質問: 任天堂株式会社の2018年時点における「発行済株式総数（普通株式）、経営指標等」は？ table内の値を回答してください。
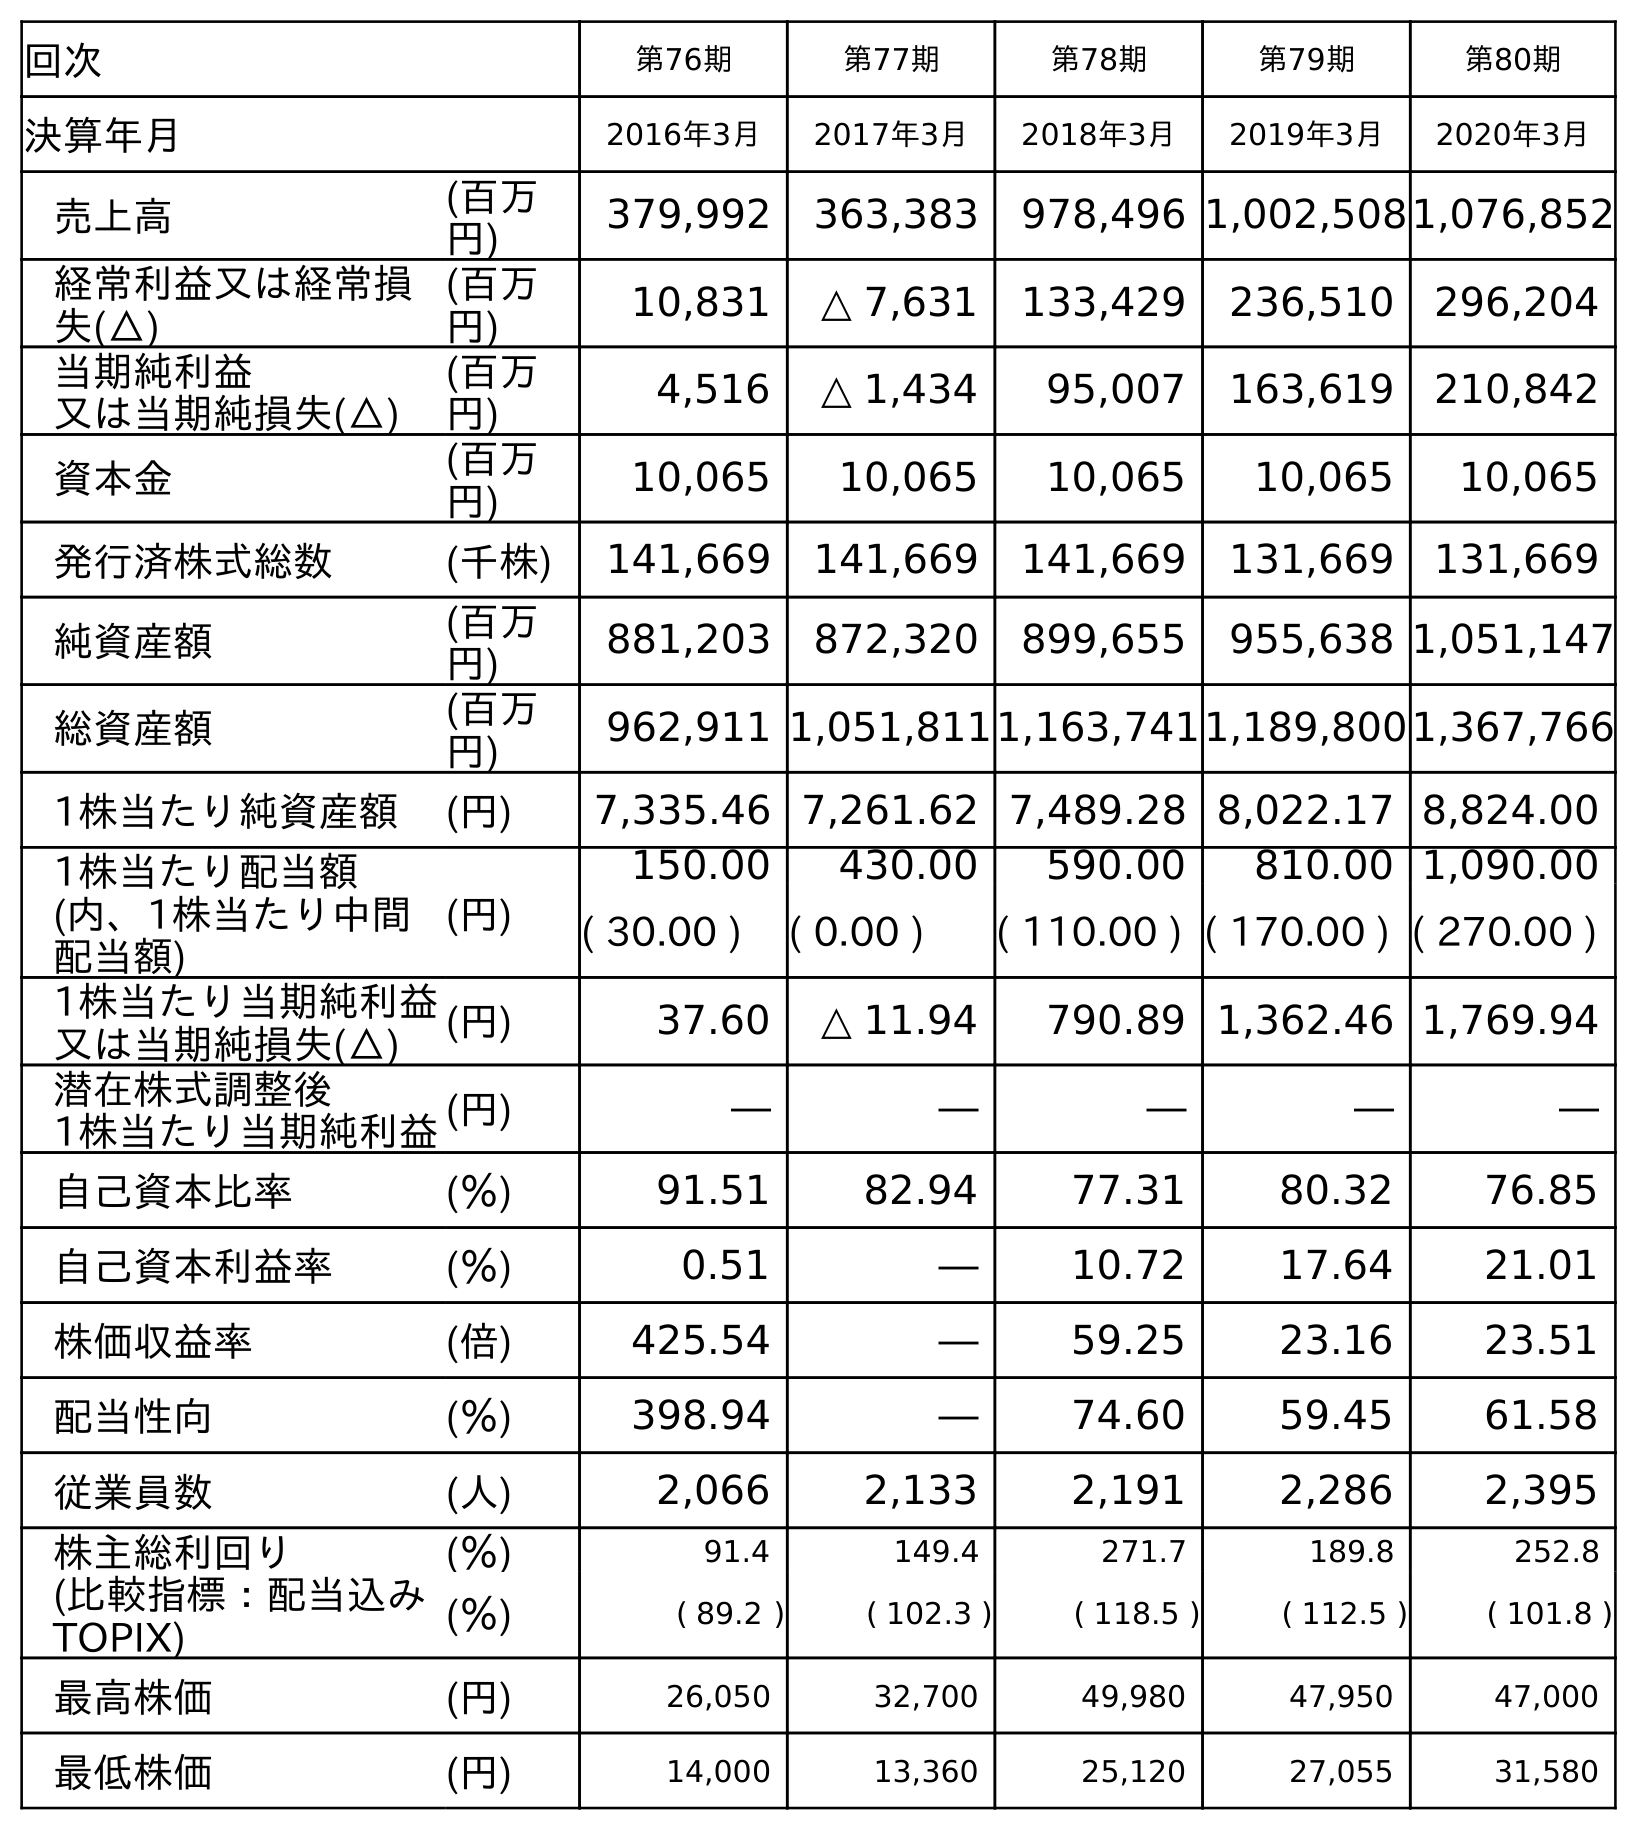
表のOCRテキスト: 回次 第76期 第77期 第78期 第79期 第80期 決算年月 2016年3月 2017年3月 2018年3月 2019年3月 2020年3月 売上高 (百万 円) 379,992 363,383 978,496 1,002,5081,076,852 経常利益又は経常損 失(△) (百万 円) 10,831 △ 7,631 133,429 236,510 296,204 当期純利益 又は当期純損失(△) (百万 円) 4,516 △ 1,434 95,007 163,619 210,842 資本金 (百万 円) 10,065 10,065 10,065 10,065 10,065 発行済株式総数 (千株) 141,669 141,669 141,669 131,669 131,669 純資産額 (百万 円) 881,203 872,320 899,655 955,638 1,051,147 総資産額 (百万 円) 962,911 1,051,8111,163,7411,189,8001,367,766 1株当たり純資産額 (円) 7,335.46 7,261.62 7,489.28 8,022.17 8,824.00 1株当たり配当額 (内、1株当たり中間 配当額) (円) 150.00 430.00 590.00 810.00 1,090.00 ( 30.00 ) ( 0.00 ) ( 110.00 ) ( 170.00 ) ( 270.00 ) 1株当たり当期純利益 又は当期純損失(△) (円) 37.60 △ 11.94 790.89 1,362.46 1,769.94 潜在株式調整後 1株当たり当期純利益(円) ― ― ― ― ― 自己資本比率 (％) 91.51 82.94 77.31 80.32 76.85 自己資本利益率 (％) 0.51 ― 10.72 17.64 21.01 株価収益率 (倍) 425.54 ― 59.25 23.16 23.51 配当性向 (％) 398.94 ― 74.60 59.45 61.58 従業員数 (人) 2,066 2,133 2,191 2,286 2,395 株主総利回り (比較指標：配当込み TOPIX) (％) 91.4 149.4 271.7 189.8 252.8 (％) ( 89.2 ) ( 102.3 ) ( 118.5 ) ( 112.5 ) ( 101.8 ) 最高株価 (円) 26,050 32,700 49,980 47,950 47,000 最低株価 (円) 14,000 13,360 25,120 27,055 31,580
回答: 141,669